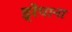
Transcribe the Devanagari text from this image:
ड्रेपाना